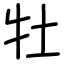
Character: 牡